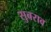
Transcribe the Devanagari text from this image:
सुबराव